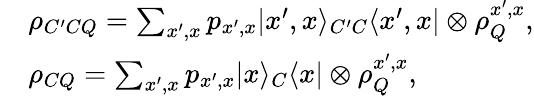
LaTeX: \begin{array}{rl}&{\rho_{C^{\prime}CQ}=\sum_{x^{\prime},x}p_{x^{\prime},x}|x^{\prime},x\rangle_{C^{\prime}C}\langle x^{\prime},x|\otimes\rho_{Q}^{x^{\prime},x},}\\ &{\rho_{CQ}=\sum_{x^{\prime},x}p_{x^{\prime},x}|x\rangle_{C}\langle x|\otimes\rho_{Q}^{x^{\prime},x},}\end{array}